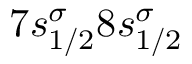
7 s _ { 1 / 2 } ^ { \sigma } 8 s _ { 1 / 2 } ^ { \sigma }